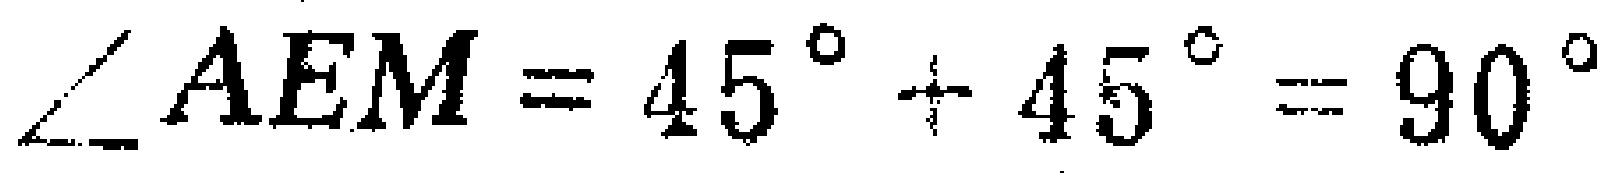
$\angle AEM = 45^{\circ}+ 45^{\circ}= 90^{\circ}$